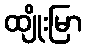
ထျိုးမြာ